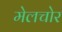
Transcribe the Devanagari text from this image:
मेलचोर